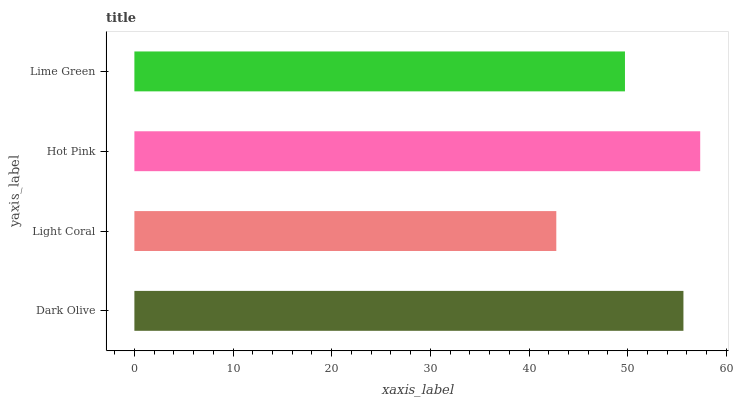
| yaxis_label | bars |
 | --- | --- |
 | Dark Olive | 55.6 |
 | Light Coral | 42.8 |
 | Hot Pink | 57.3 |
 | Lime Green | 49.7 |